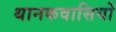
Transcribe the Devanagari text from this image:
थानकवासियों